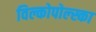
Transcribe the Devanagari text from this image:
विल्कोपोल्स्का